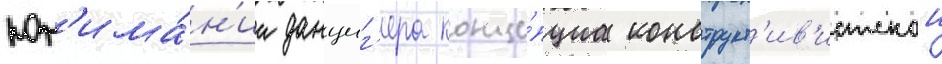
пон'има́н'ии данциг'ера конце́пциа конструкт'ив'истскои